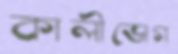
কালীভোগ